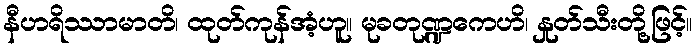
နီဟရိဿာမာတိ၊ ထုတ်ကုန်အံ့ဟူ။ မုခတုဏ္ဍကေဟိ၊ နှုတ်သီးတို့ဖြင့်။